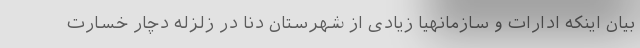
بیان اینکه ادارات و سازمانهیا زیادی از شهرستان دنا در زلزله دچار خسارت